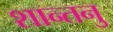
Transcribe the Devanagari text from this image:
शान्‍तनु